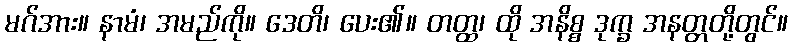
မဂ်အား။ နာမံ၊ အမည်ကို။ ဒေတိ၊ ပေး၏။ တတ္ထ၊ ထို အနိစ္စ ဒုက္ခ အနတ္တတို့တွင်။